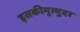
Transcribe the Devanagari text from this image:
इसकीमृत्युदर